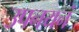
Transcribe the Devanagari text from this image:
उपनयनं